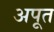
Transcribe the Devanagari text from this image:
अपूत